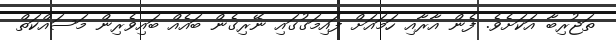
ތަޖުރިބާ އަކަށެވެ. ފެން އާރާއި ހަމައަށް ފައިމަގުގައި ނޭރިގެން ބައެއް ބައިވެރިން މަސައްކަތް